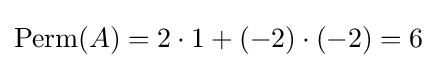
\operatorname {Perm} (A)=2\cdot 1+(-2)\cdot (-2)=6